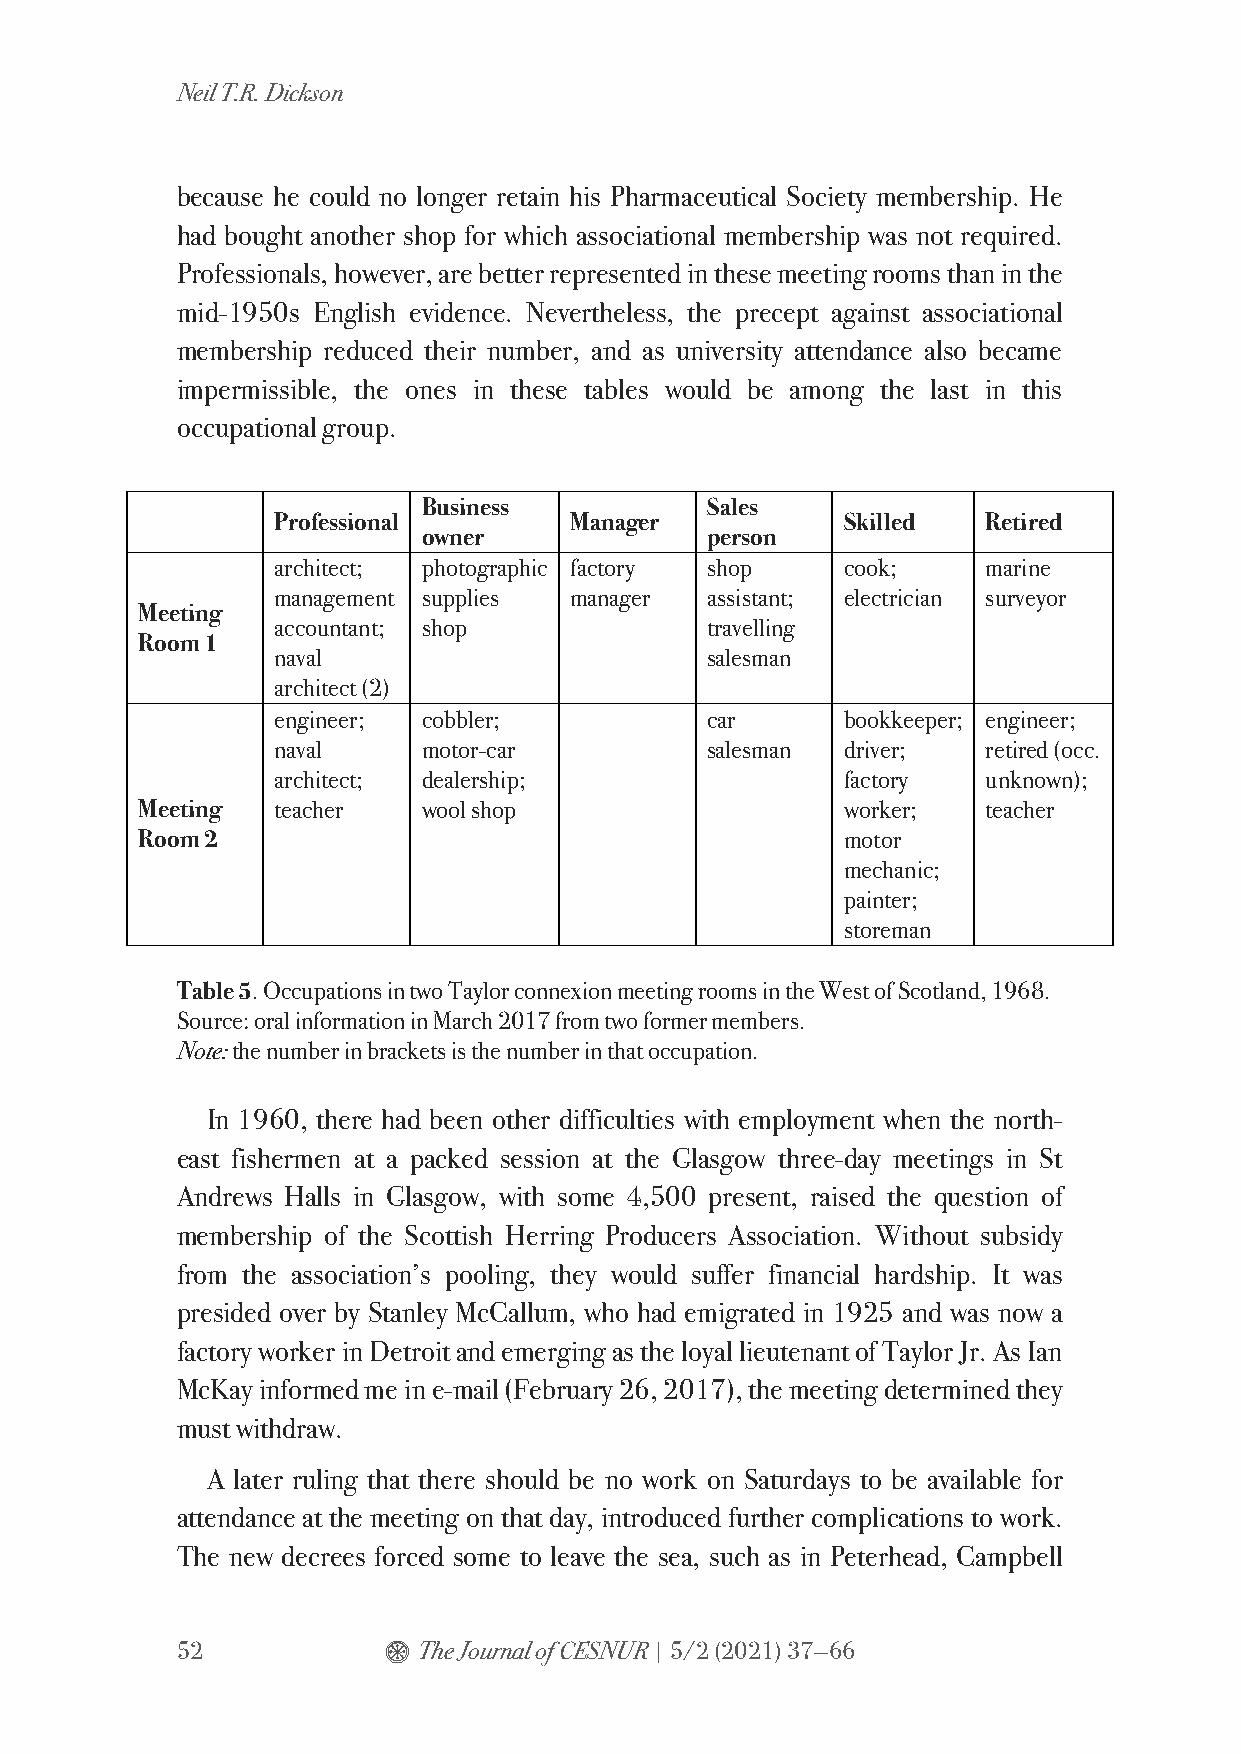
Neil T.R. Dickson
 because he could no longer retain his Pharmaceutical Society membership. He
 had bought another shop for which associational membership was not required.
 Professionals, however, are better represented in these meeting rooms than in the
 mid-1950s English evidence. Nevertheless, the precept against associational
 membership reduced their number, and as university attendance also became
 impermissible, the ones in these tables would be among the last in this
 occupational group.
 Business           Sales
 Professional        Manager           Skilled  Retired
 owner              person
 architect; photographic factory shop  cook;    marine
 management supplies manager  assistant; electrician surveyor
 Meeting
 accountant; shop             travelling
 Room 1
 naval                        salesman
 architect (2)
 engineer; cobbler;           car      bookkeeper; engineer;
 naval     motor-car          salesman driver;  retired (occ.
 architect; dealership;                factory  unknown);
 Meeting  teacher   wool shop                   worker;  teacher
 Room 2                                         motor
 mechanic;
 painter;
 storeman
 Table 5. Occupations in two Taylor connexion meeting rooms in the West of Scotland, 1968.
 Source: oral information in March 2017 from two former members.
 Note: the number in brackets is the number in that occupation.
 In 1960, there had been other difficulties with employment when the north-
 east fishermen at a packed session at the Glasgow three-day meetings in St
 Andrews Halls in Glasgow, with some 4,500 present, raised the question of
 membership of the Scottish Herring Producers Association. Without subsidy
 from the association’s pooling, they would suffer financial hardship. It was
 presided over by Stanley McCallum, who had emigrated in 1925 and was now a
 factory worker in Detroit and emerging as the loyal lieutenant of Taylor Jr. As Ian
 McKay informed me in e-mail (February 26, 2017), the meeting determined they
 must withdraw.
 A later ruling that there should be no work on Saturdays to be available for
 attendance at the meeting on that day, introduced further complications to work.
 The new decrees forced some to leave the sea, such as in Peterhead, Campbell
 52           $  The Journal of CESNUR | 5/2 (2021) 37—66